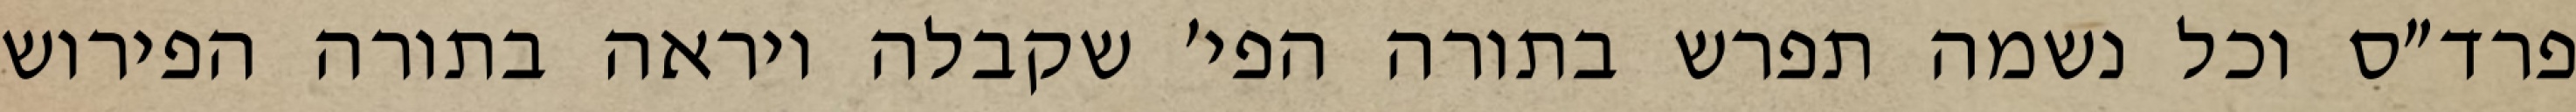
פרד״ס וכל נשמה תפרש בתורה הפי׳ שקבלה ויראה בתורה הפירוש